Civil Veterinary Department Bihar reports 1940-50 - 1940-1950
Year: 1940
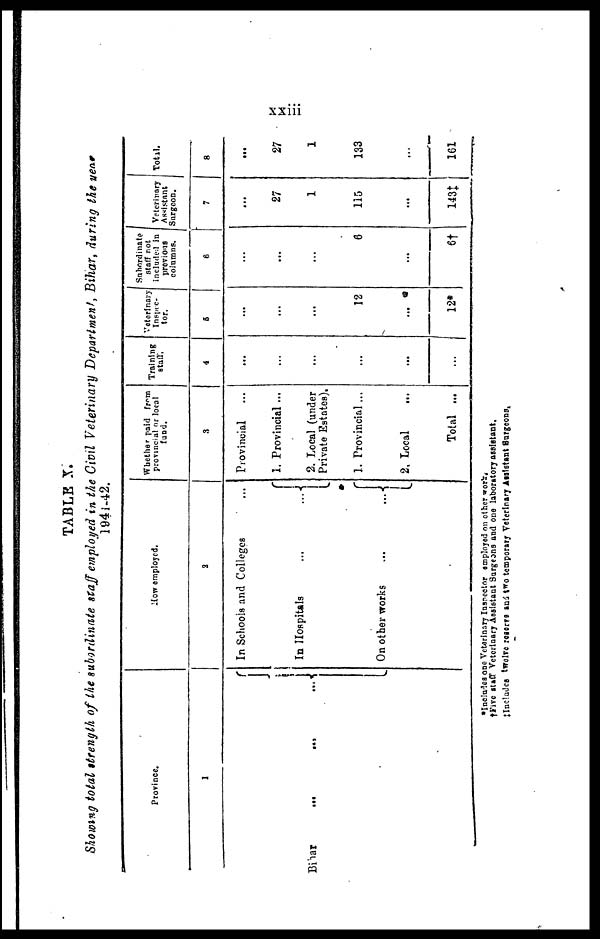
xxiii
TABLE X.
Showing total strength of the subordinate staff employed in the Civil Veterinary Department, Bihar, during tie year
1941-42.
Bihar
Province.
1
... ...
...
How employed.
2
In Schools and Colleges ...
In Hospitals ... ...
On other works ... ...
Whether paid from
provincial or local
fund.
3
Provincial ...
1.
Provincial ...
2. Local (under
Private Estates).
1. Provincial ...
2. Local ...
Total ...
Training
staff,
4
...
...
...
...
...
...
Veterinary
Inspec-
tor.
5
...
...
...
12
...
12*
Subordinate
staff not
included in
previous
columns.
6
...
...
...
6
...
6†
Veterinary
Assistant
Surgeon.
7
...
27
1
115
...
143‡
Total.
8
...
27
1
133
...
161
*Includes one Veterinary Inspector employed on other work.
†Five staff Veterinary Assistant Surgeons and one laboratory assistant.
‡Inclades twelve reserve and two temporary Veterinary Assistant Burgeons,